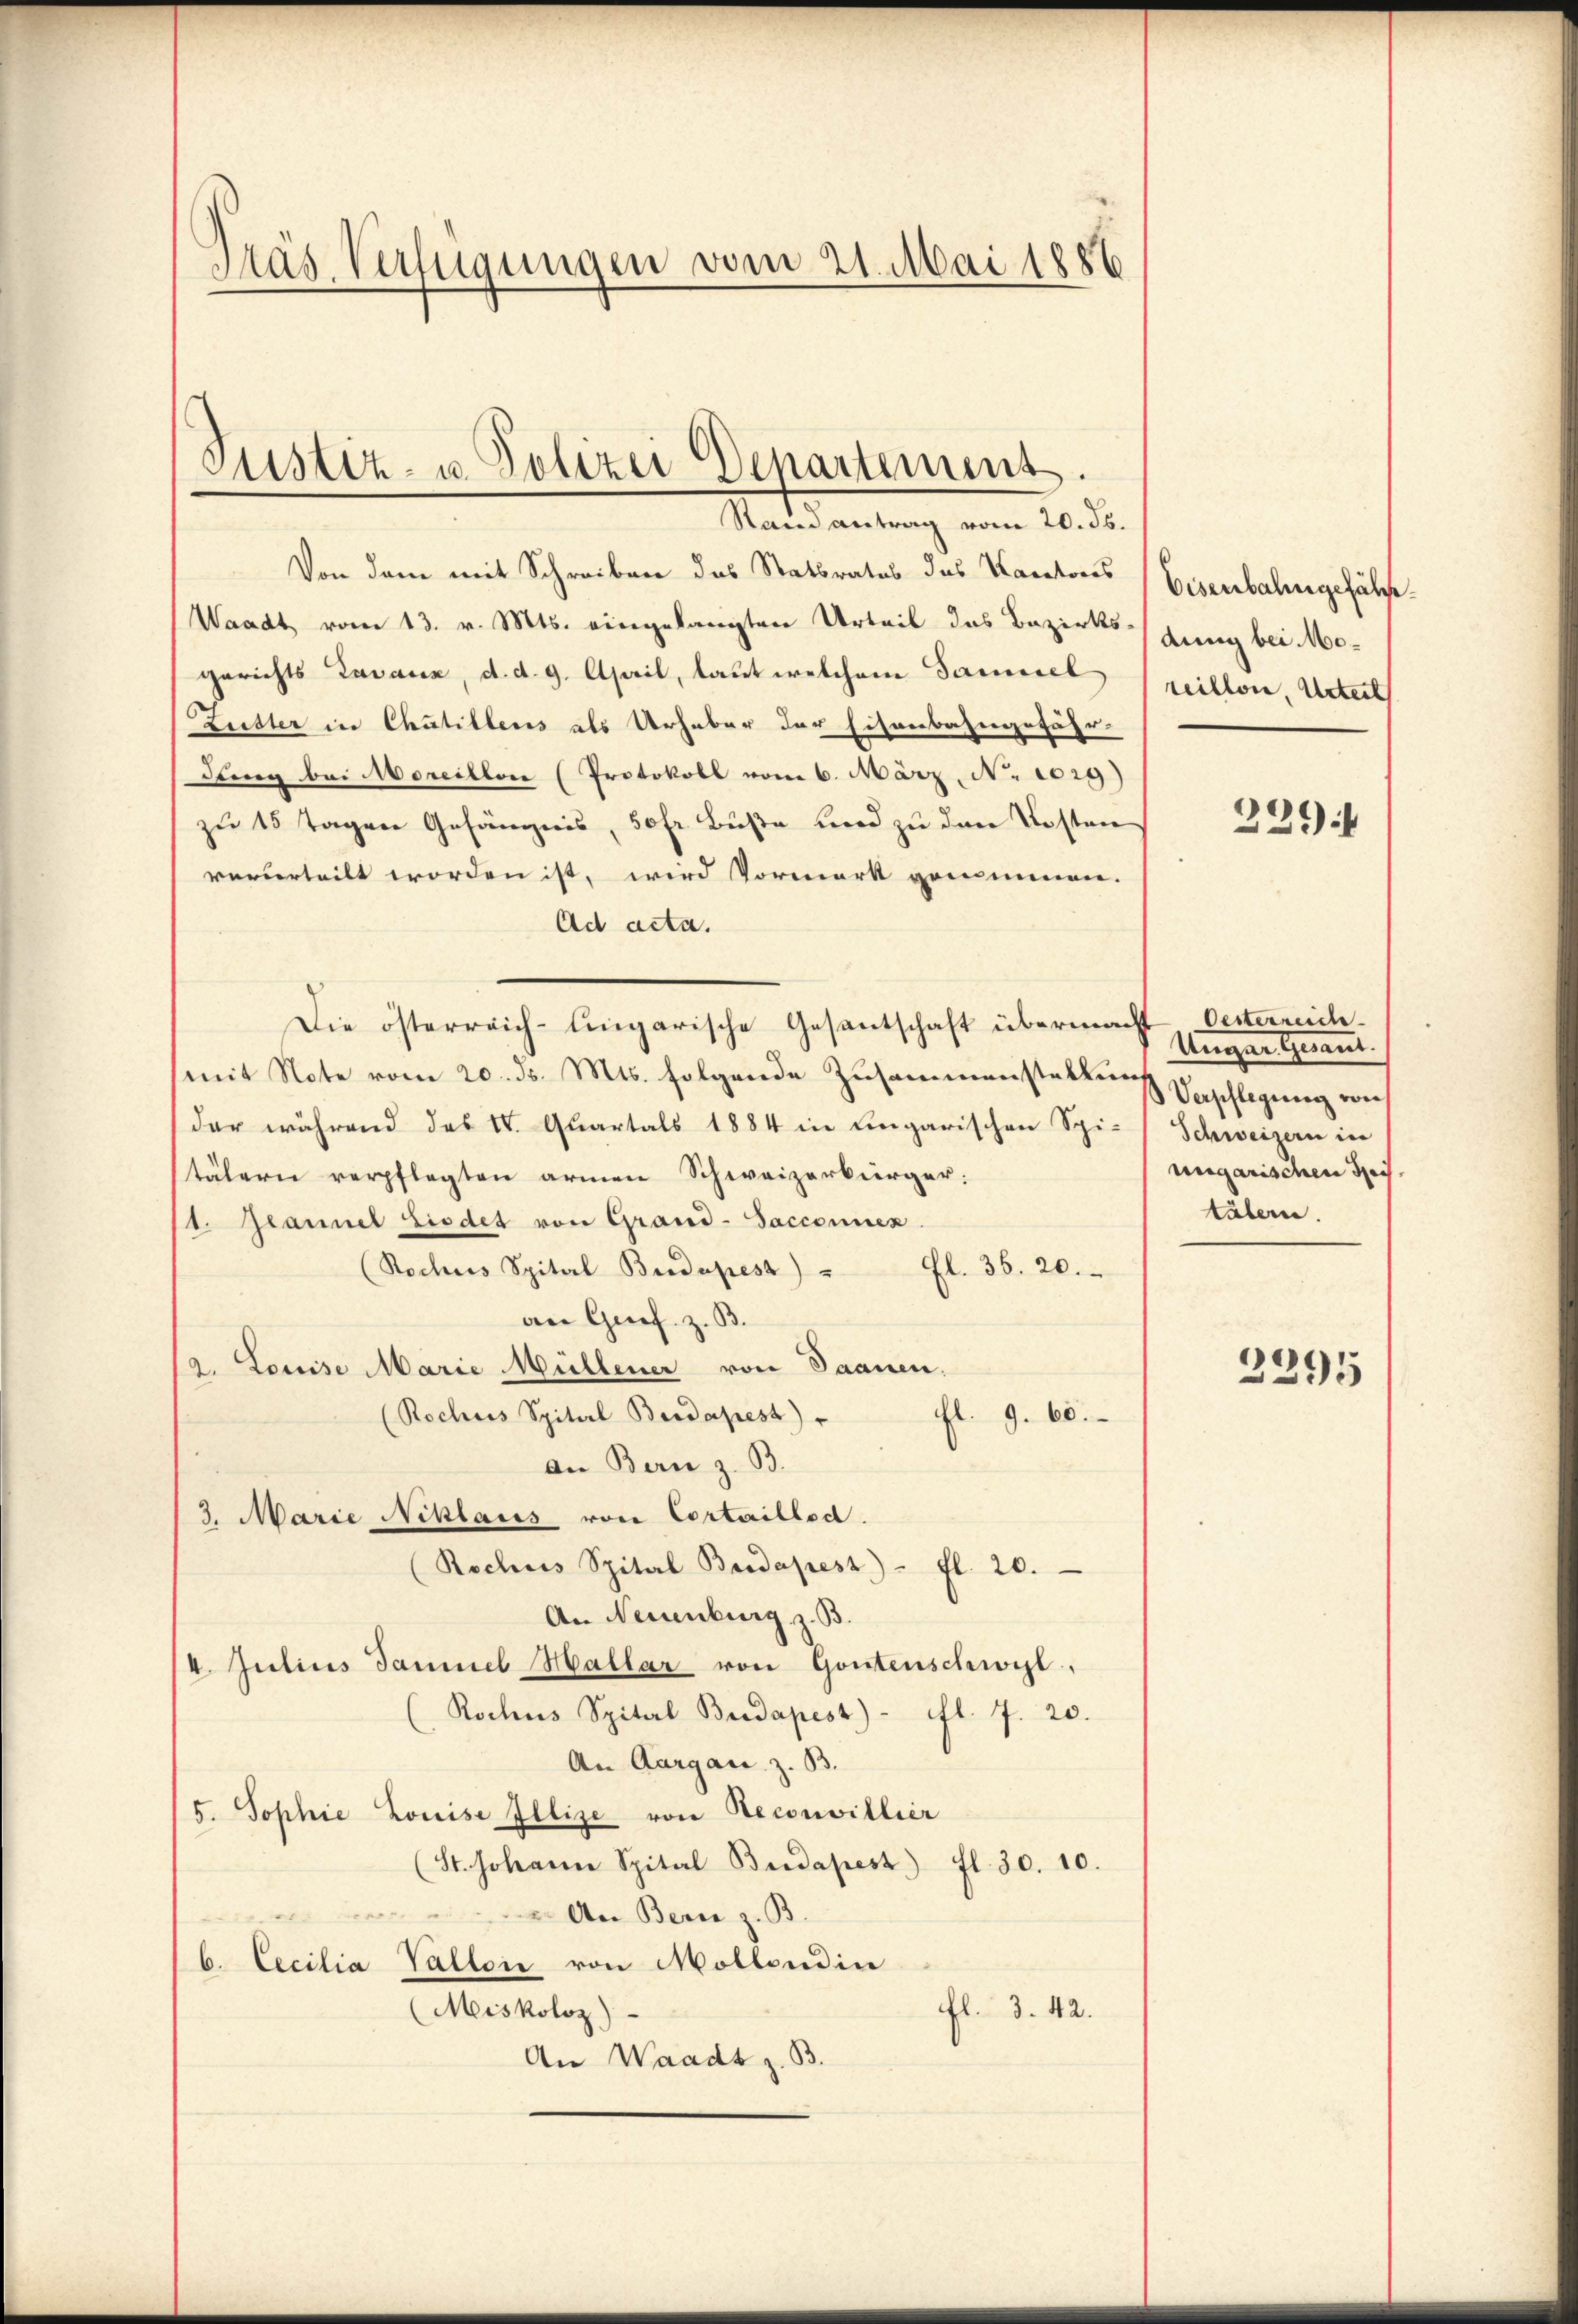
Das Verfügungen vom 21. Mai 1886

Justiz- u. Polizei Departement.
Rain antrag vom 20. ds.

Von dem mit Schreiben das Statbrates das Kantons
Waadt vom 13. v. Mts. eingelangten Urteil das Bezirks- Jung bei Mo-
gerichts Tavaux, d. d. 9. April, laut welchem Sameel
Zuster in Chutillens als Urhaber der Eisenbahngefähr-
dung bei Moreillone (Protokoll vom 6. März, N. 1029)
zu 15 Tagen Gefängnis, 50 fr. Buße und zu den Kosten
verurteilt worden ist, wird Vormerk genommen.
Ad acta.
Die österreich-ungarische Gesantschaft übermacht Oesterreich
(mit Note vom 20. ds. Mts. folgende Zusammenstaltung Verschlagung aus
der während des IV. Quartals 1884 in Eingarischen Spi-Schweizern in
stälern verpflegten armen Schweizerbürger:
(t. Jeannel Liedet von Grand-Sacconnex
(Rochues Spital Budapesz) " fl. 36. 20.
an Geref. z. B.
2. Louise Marie Müllener von Saanen.
(Rochus Spital Berdapest)
fl. 9. 60.
an Bern z. B.
3. Marie Niklaus von Cortaillod.
(Rochus Spital Budapest - fl. 20.
An Neuenburg z. B.
4. Julius Daniel Hallar von Gontenschwyl,
Rochus Spital Budapest) - fl. 7. 20.
An Aargau, z. B.
5. Sophie Louise Illize von Decouvillier
(St. Johann Spital Budapest fl. 30. 10.
An Bern z. B.
b. Cecilia Vallon von Möllerdin
(Miskoloz)
fl. 3. 42.
An Waadt z. B.

Eisenbahngeführe.
reillone, Urteil
2294

Unger Gesant.
ungarischen sei.
tälern.

2295